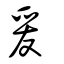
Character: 爰